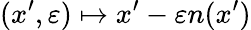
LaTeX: (x^{\prime},\varepsilon)\mapsto x^{\prime}-\varepsilon n(x^{\prime})